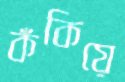
কঁকিয়ে